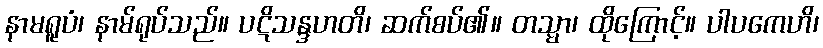
နာမရူပံ၊ နာမ်ရုပ်သည်။ ပဋိသန္ဒဟတိ၊ ဆက်စပ်၏။ တသ္မာ၊ ထိုကြောင့်။ ပါပကေဟိ၊